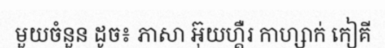
មួយចំនួន ដូច៖ ភាសា អ៊ុយហ្គឺរ កាហ្សាក់ កៀគី